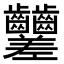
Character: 𪚍